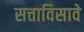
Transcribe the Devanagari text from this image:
सत्ताविसावे